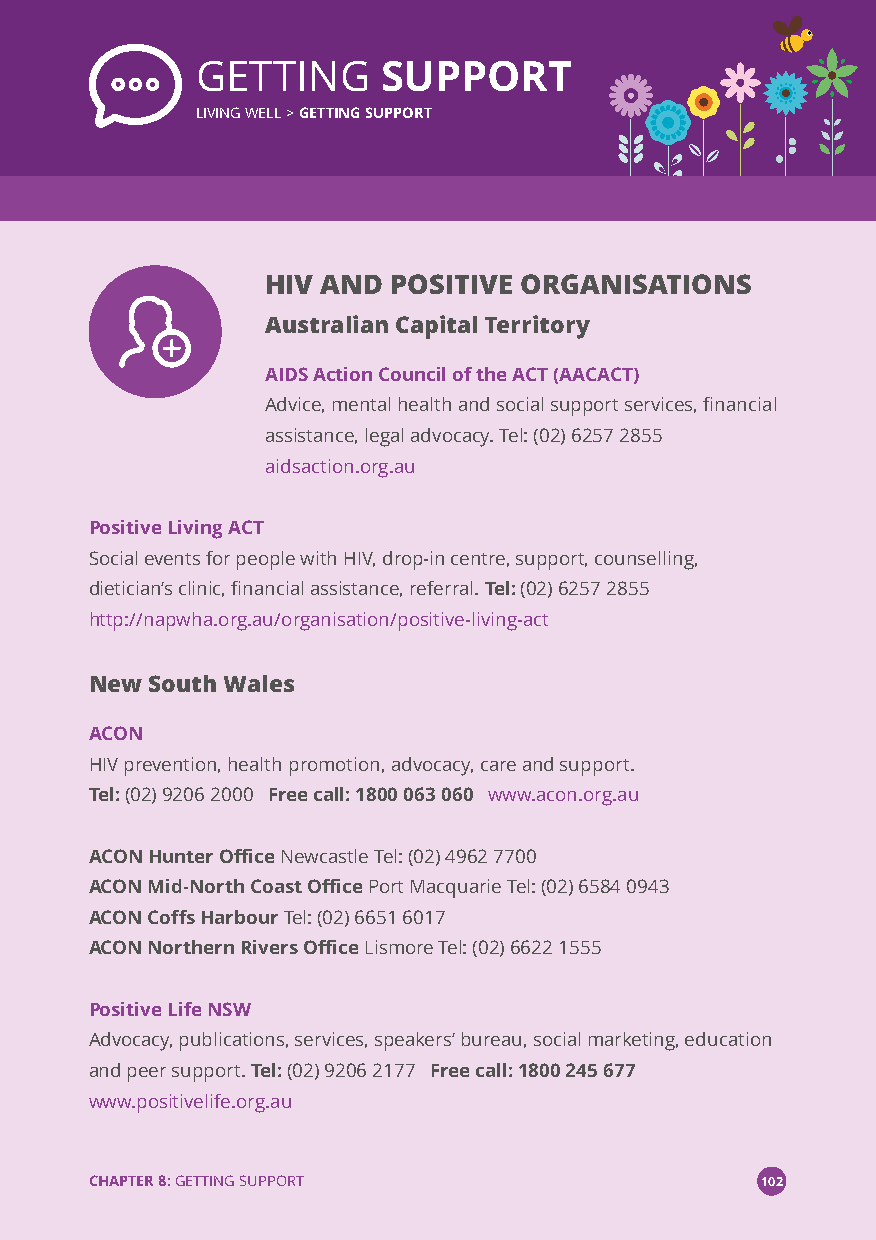
GETTING     SUPPORT
 LIVING WELL >GETTING SUPPORT
 HIV AND POSITIVE ORGANISATIONS
 Australian Capital Territory
 AIDS Action Council of the ACT (AACACT)
 Advice, mental health and social support services, financial
 assistance, legal advocacy. Tel: (02) 6257 2855
 aidsaction.org.au
 Positive Living ACT
 Social events for people with HIV, drop-in centre, support, counselling,
 dietician’s clinic, financial assistance, referral.Tel:(02) 6257 2855
 http://napwha.org.au/organisation/positive-living-act
 New South Wales
 ACON
 HIV prevention, health promotion, advocacy, care and support.
 Tel:(02) 9206 2000 Free call: 1800 063 060 www.acon.org.au
 ACON Hunter OfficeNewcastle Tel: (02) 4962 7700
 ACON Mid-North Coast OfficePort Macquarie Tel: (02) 6584 0943
 ACON Coffs HarbourTel: (02) 6651 6017
 ACON Northern Rivers OfficeLismore Tel: (02) 6622 1555
 Positive Life NSW
 Advocacy, publications, services, speakers’bureau, social marketing, education
 and peer support.Tel:(02) 9206 2177 Free call: 1800 245 677
 www.positivelife.org.au
 CHAPTER 8:GETTING SUPPORT                   102